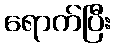
ရောက်ပြီး